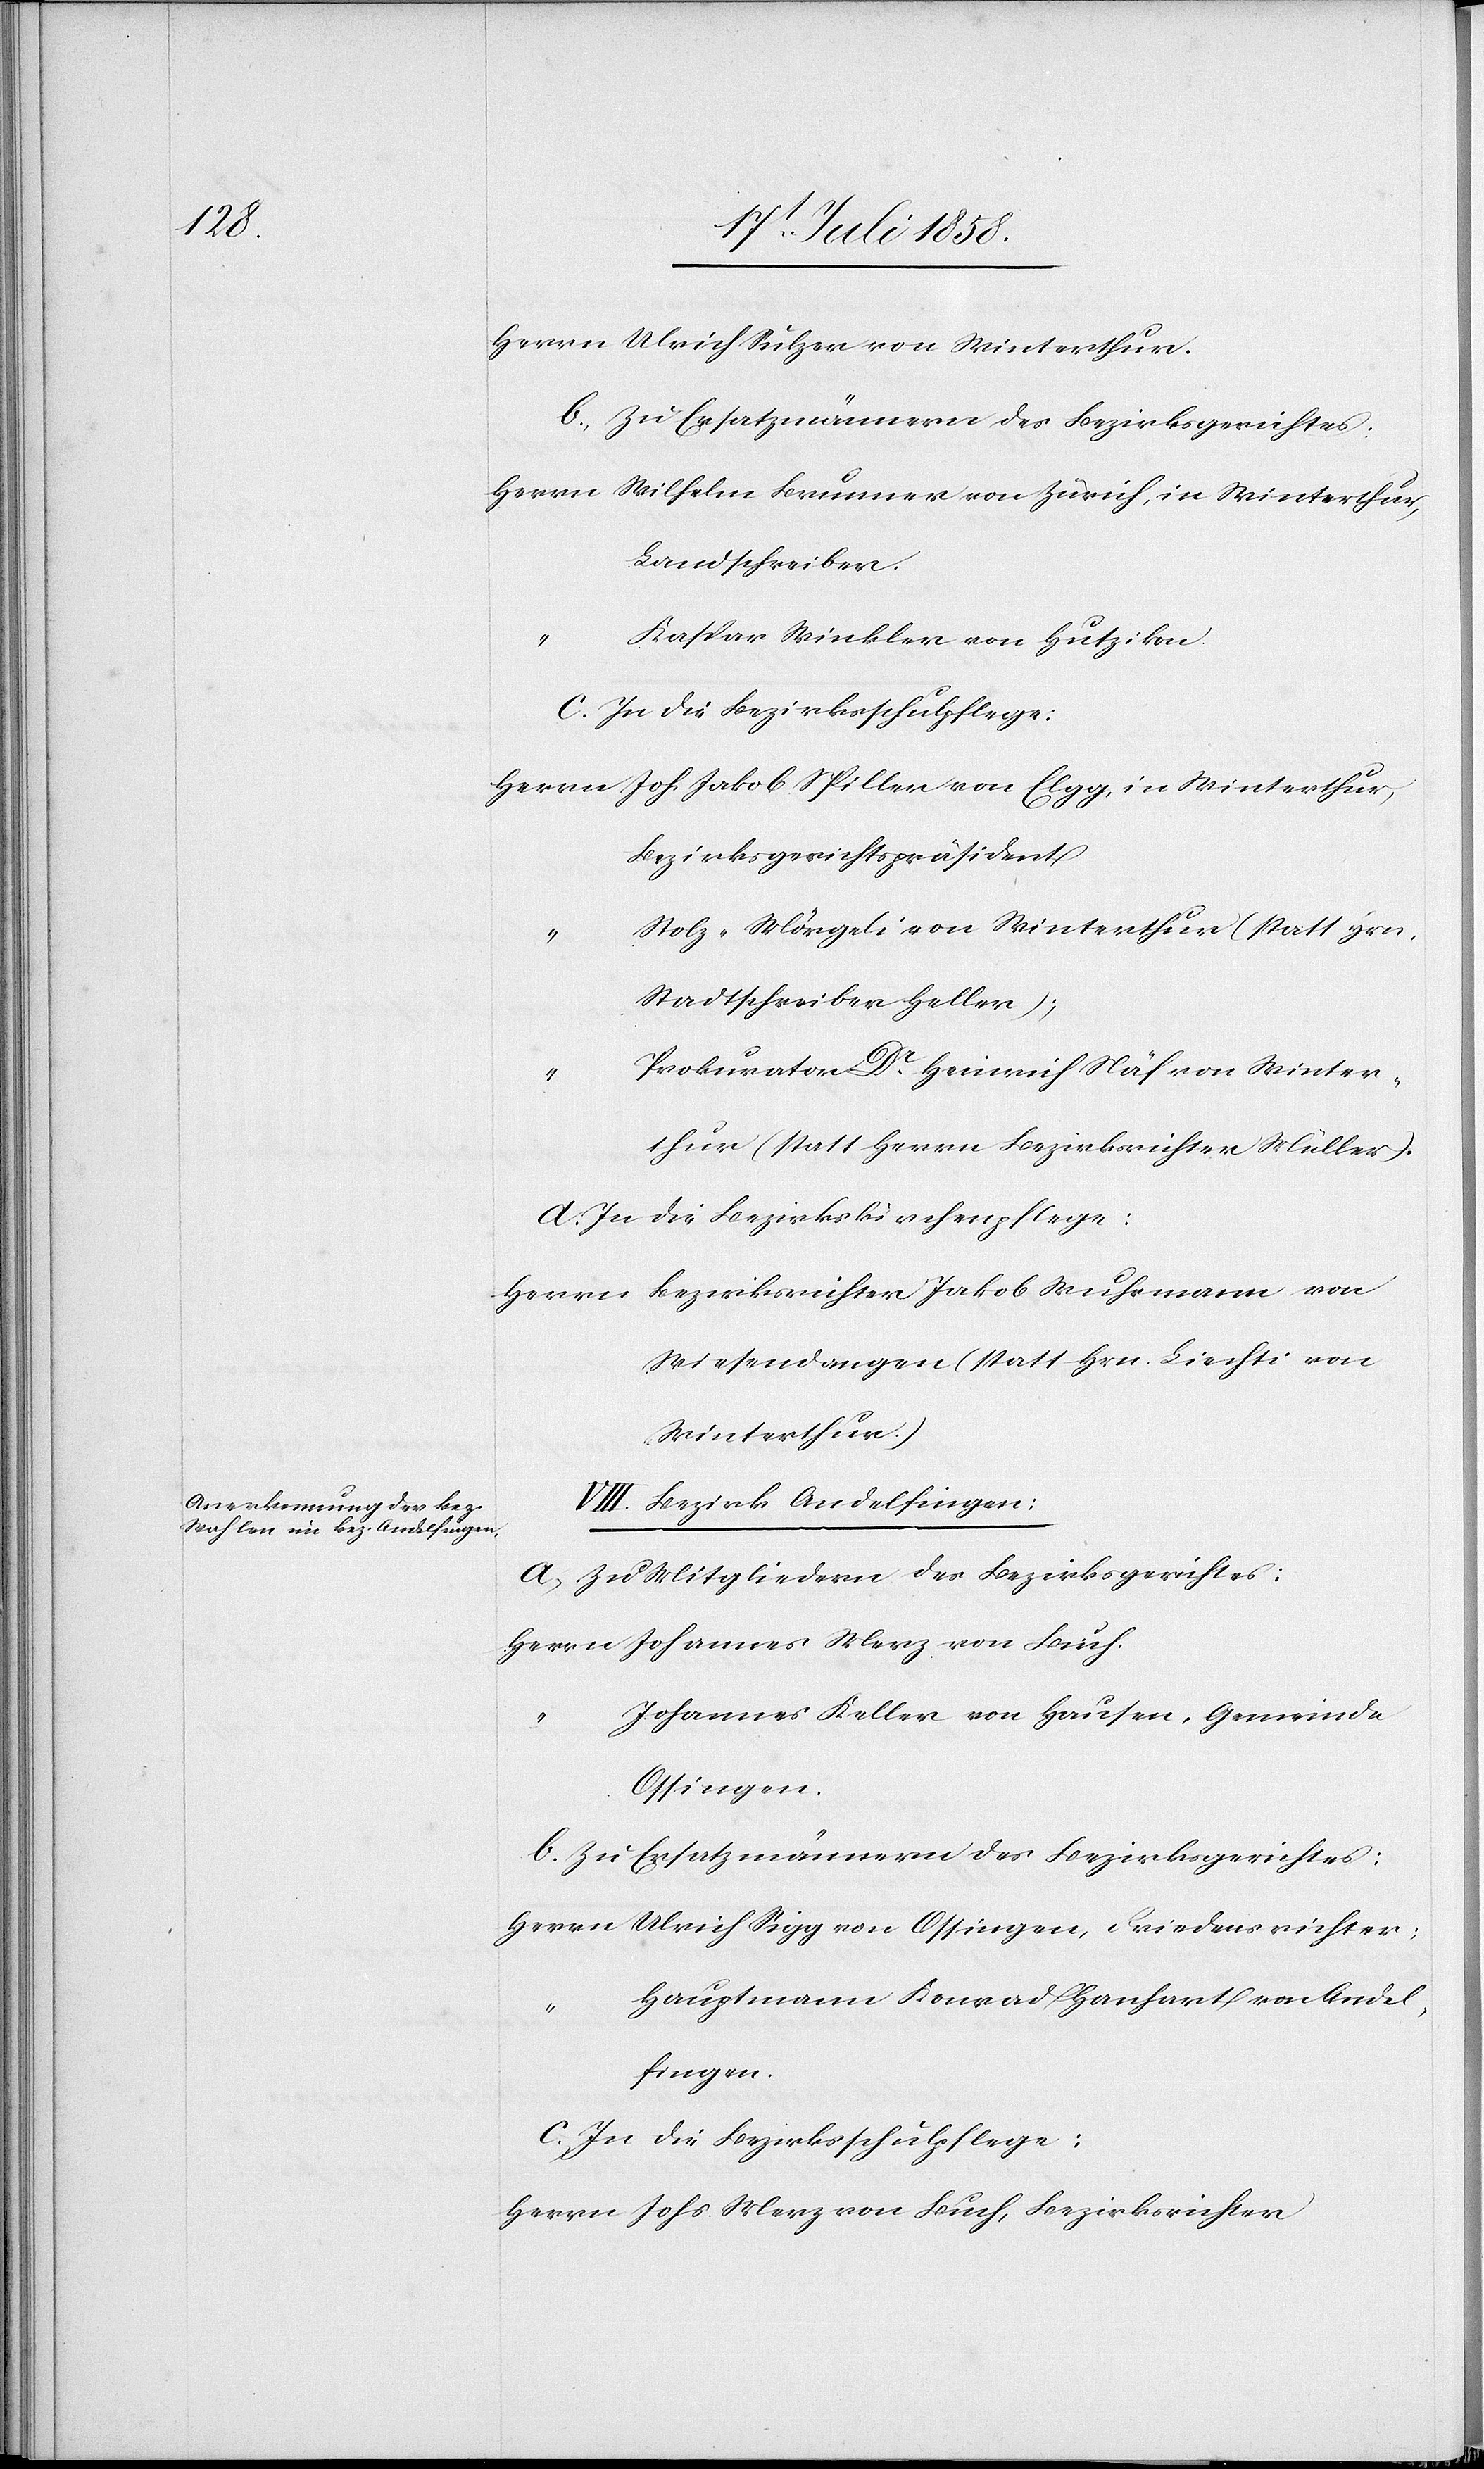
Herrn Ulrich Sulzer von Winterthur.
b. Zu Ersatzmännern des Bezirksgerichtes:
Herrn Wilhelm Brunner von Zürich, in Winterthur,
Landschreiber.
Kaspar Winkler von Hutzikon.
c. In die Bezirksschulpflege:
Herrn Joh. Jakob Spiller von Elgg, in Winterthur,
Bezirksgerichtspräsident
Stolz-Mörgeli von Winterthur (statt Hrn.
Stadtschreiber Heller);
Prokurator Dr. Heinrich Näf von Winter¬
thur (statt Herrn Bezirksrichter Müller).
d. In die Bezirkskirchenpflege:
Herrn Bezirksrichter Jakob Wuhrmann von
Wiesendangen (statt Hrn. Liechti von
Winterthur.)
VIII. Bezirk Andelfingen:
a. Zu Mitgliedern des Bezirksgerichtes:
Herrn Johannes Merz von Buch.
Johannes Keller von Hausen, Gemeinde
Ossingen.
b. Zu Ersatzmännern des Bezirksgerichtes:
Herrn Ulrich Sigg von Ossingen, Friedensrichter;
Hauptmann Konrad Hanhart von Andel¬
fingen.
c. In die Bezirksschulpflege:
Herrn Johs. Merz von Buch, Bezirksrichter